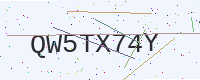
Text: QW5TX74Y